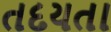
તદયતા